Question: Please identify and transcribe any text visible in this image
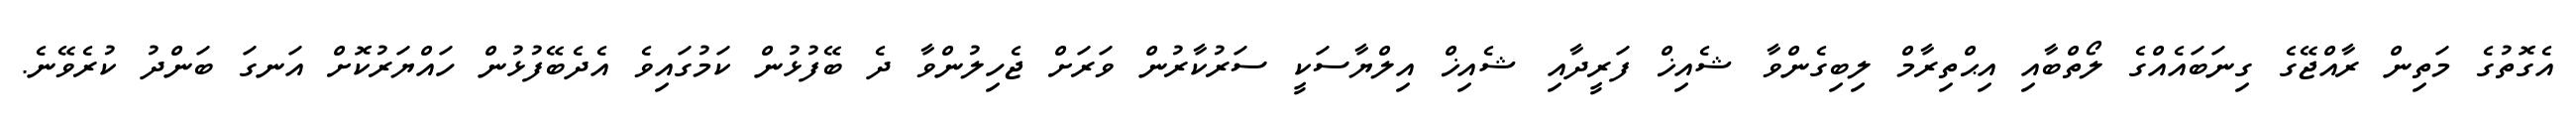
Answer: އެގޮތުގެ މަތިން ރާއްޖޭގެ ގިނަބައެއްގެ ލޯތްބާއި އިޙްތިރާމް ލިބިގެންވާ ޝެއިޚް ފަރީދާއި ޝެއިޚް އިލްޔާސަކީ ސަރުކާރުން ވަރަށް ޖެހިލުންވާ ދެ ބޭފުޅުން ކަމުގައިވެ އެދެބޭފުޅުން ހައްޔަރުކޮށް އަނގަ ބަންދު ކުރެވޭނެ.